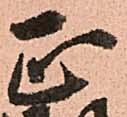
正